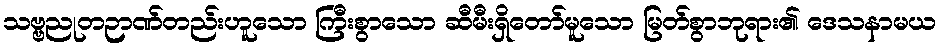
သဗ္ဗညုတဉာဏ်တည်းဟူသော ကြီးစွာသော ဆီမီးရှိတော်မူသော မြတ်စွာဘုရား၏ ဒေသနာမယ